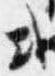
或